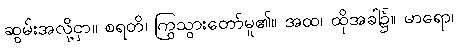
ဆွမ်းအလို့ငှာ။ စရတိ၊ ကြွသွားတော်မူ၏။ အထ၊ ထိုအခါ၌။ မာရော၊